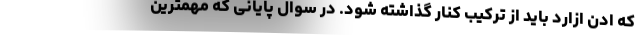
که ادن ازارد باید از ترکیب کنار گذاشته شود. در سوال پایانی که مهمترین